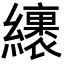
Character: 𦆪